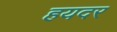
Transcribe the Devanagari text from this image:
हयदर